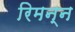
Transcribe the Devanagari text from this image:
रिमन्न